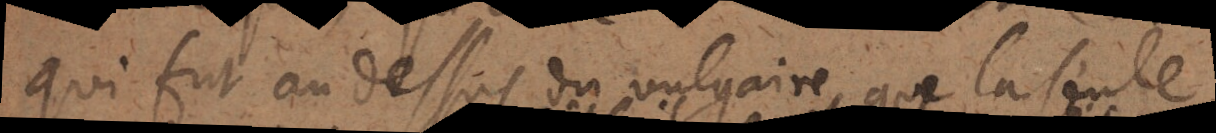
qui fut au dessus du vulgaire, que la seule